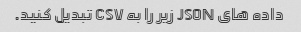
داده های JSON زیر را به CSV تبدیل کنید.